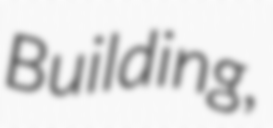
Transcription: Building,